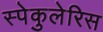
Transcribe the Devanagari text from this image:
स्पेकुलेरिस